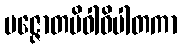
ပဇ္ဇောတမိဝါဓိပါတကာ